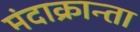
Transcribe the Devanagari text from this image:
मंदाक्रान्ता